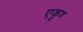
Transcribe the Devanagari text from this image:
एकूण्‍